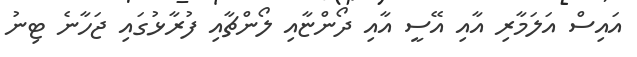
އައިސް އަލަމާރި އާއި އޭސީ އާއި ދޯންޏާއި ލޯންޗާއި ފުރާޅުގައި ޖަހާނެ ޓިނު